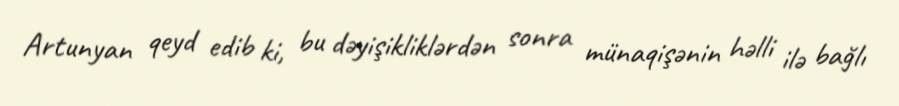
Artunyan qeyd edib ki, bu dəyişikliklərdən sonra münaqişənin həlli ilə bağlı